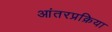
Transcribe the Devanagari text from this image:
आंतरप्रक्रिया